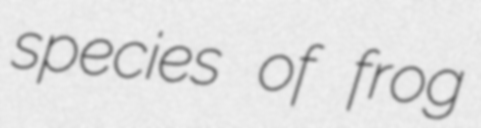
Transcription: species of frog